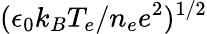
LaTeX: (\epsilon_{0}k_{B}T_{e}/n_{e}e^{2})^{1/2}